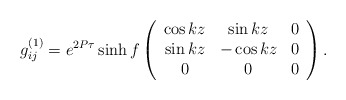
\begin{align*}g^{(1)}_{ij}=e^{2P\tau}\sinh f\left(\begin{array}{ccc}\cos kz & \sin kz&0\\\sin kz&-\cos kz &0\\0&0&0\end{array}\right).\end{align*}